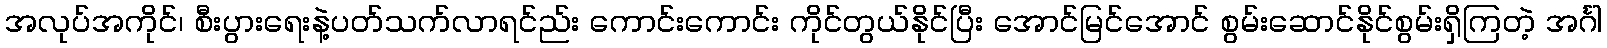
အလုပ်အကိုင်၊ စီးပွားရေးနဲ့ပတ်သက်လာရင်ည်း ကောင်းကောင်း ကိုင်တွယ်နိုင်ပြီး အောင်မြင်အောင် စွမ်းဆောင်နိုင်စွမ်းရှိကြတဲ့ အင်္ဂါ